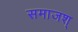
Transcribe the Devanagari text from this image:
समाजश्